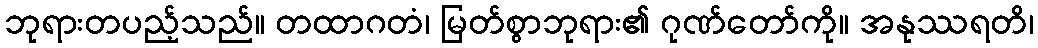
ဘုရားတပည့်သည်။ တထာဂတံ၊ မြတ်စွာဘုရား၏ ဂုဏ်တော်ကို။ အနုဿရတိ၊